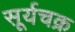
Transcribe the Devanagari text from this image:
सूर्यचक्र